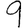
Digit: 9